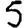
Digit: 5